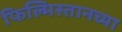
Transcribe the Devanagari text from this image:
फिल्मिस्तानच्या